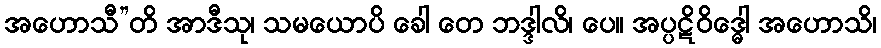
အဟောသီ”တိ အာဒီသု၊ သမယောပိ ခေါ တေ ဘဒ္ဒါလိ၊ ပေ။ အပ္ပဋိဝိဒ္ဓေါ အဟောသိ၊